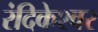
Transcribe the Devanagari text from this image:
रंदिकेश्वर